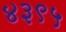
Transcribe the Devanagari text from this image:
४३९५